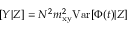
[ Y | Z ] = N ^ { 2 } m _ { \mathrm { x y } } ^ { 2 } \mathrm { { V a r } } [ \Phi ( t ) | Z ]